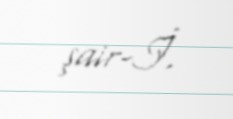
şair-İ.